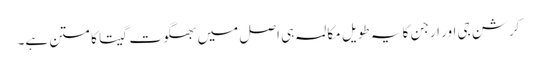
کرشن جی اور ارجن کا یہ طویل مکالمہ ہی اصل میں بھگوت گیتا کا متن ہے۔